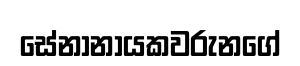
සේනානායකවරුනගේ